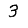
Digit: 3